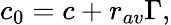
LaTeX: c_{0}=c+r_{av}\Gamma,